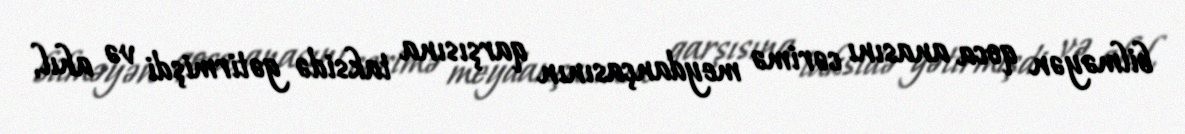
bilməyən qoca anasını cərimə meydançasının qarşısına taksidə gətirmişdi və ahıl,